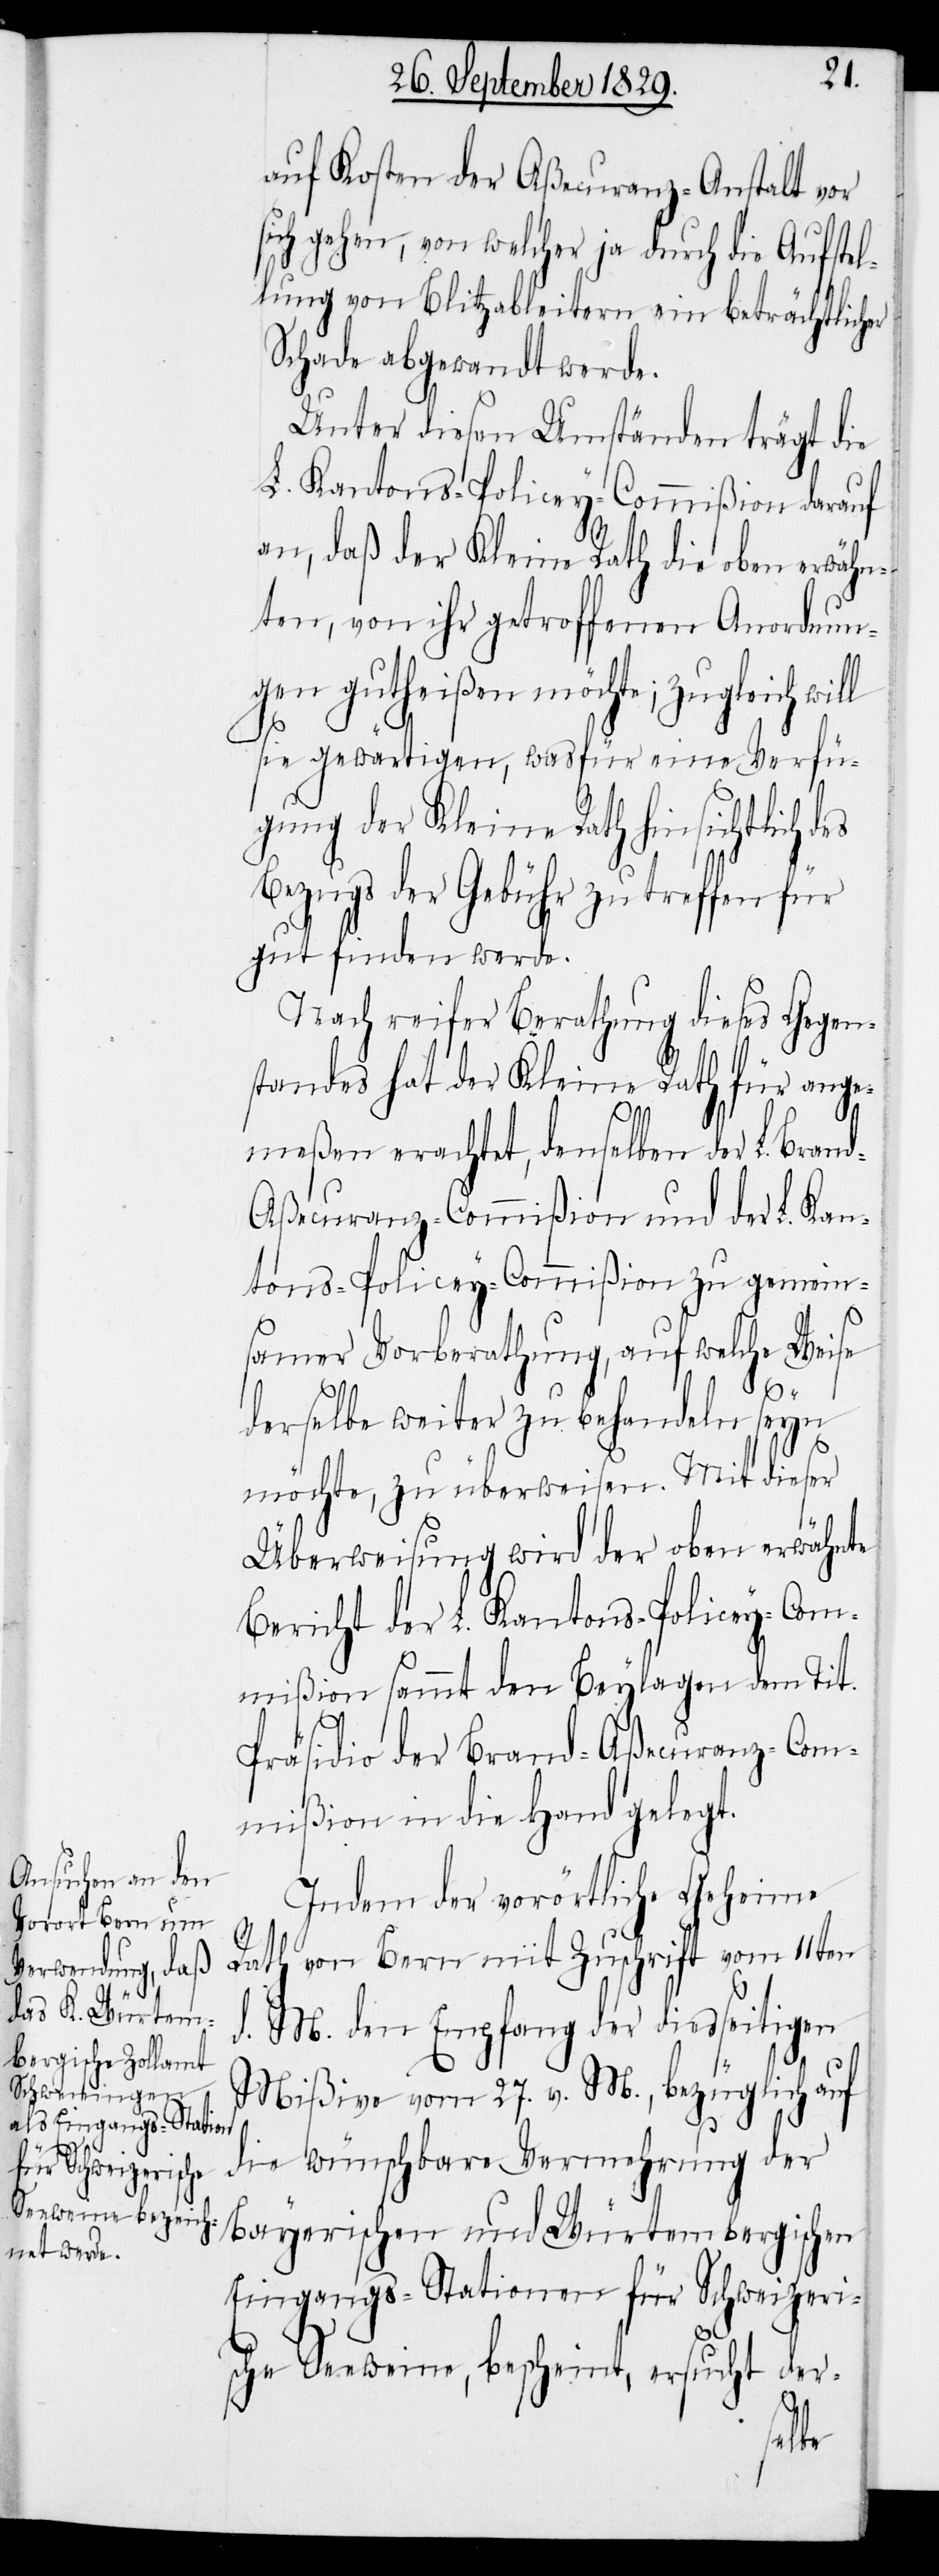
es
l

auf Kosten der Aßecuranz-Anstalt vor
sich gehen, von welcher ja durch die Aufstel¬
lung von Blitzableitern ein beträchtlicher
Schade abgewandt werde.
Unter diesen Umständen trägt die
L. Kantons-Policey-Commißion darauf
an, daß der Kleine Rath die oben erwähn¬
ten, von ihr getroffenen Anordnun¬
gen gutheißen möchte; zugleich wil¬
sie gewärtigen, was für eine Verfü¬
gung der Kleine Rath hinsichtlich d¬
Bezugs der Gebühr zu treffen für
gut finden werde.
Nach reifer Berathung dieses Gegen¬
standes hat der Kleine Rath für ange¬
meßen erachtet, denselben der L. Bran¬
d-Aßecuranz-Commißion und der L. Kan¬
tons-Policey-Commißion zu gemein¬
samer Vorberathung, auf welche Weise
derselbe weiter zu behandeln seyn
möchte, zu überweisen. Mit dieser
Überweisung wird der oben erwähnte
Bericht der L. Kantons-Policey-Com¬
mißion sammt den Beylagen dem Tit.
Präsidio der Brand-Aßecuranz-Com¬
mißion in die Hand gelegt.
Indem der vorörtliche Geheime
Rath von Bern mit Zuschrift vom 11ten
d. M. den Empfang der diesseitigen
Mißive vom 27. v. M. bezüglich auf
die wünschbare Vermehrung der
Bayerischen und Würtembergischen
Eingangs-Stationen für Schweizeri¬
sche Seeweine, bescheint, ersucht der-